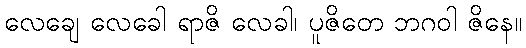
လေချေ လေခေါ ရာဇိ လေခါ၊ ပူဇိတေ ဘဂဝါ ဇိနေ။